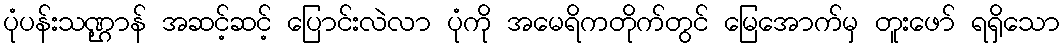
ပုံပန်းသဏ္ဌာန် အဆင့်ဆင့် ပြောင်းလဲလာ ပုံကို အမေရိကတိုက်တွင် မြေအောက်မှ တူးဖော် ရရှိသော